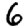
Digit: 6